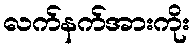
လက်နက်အားကိုး